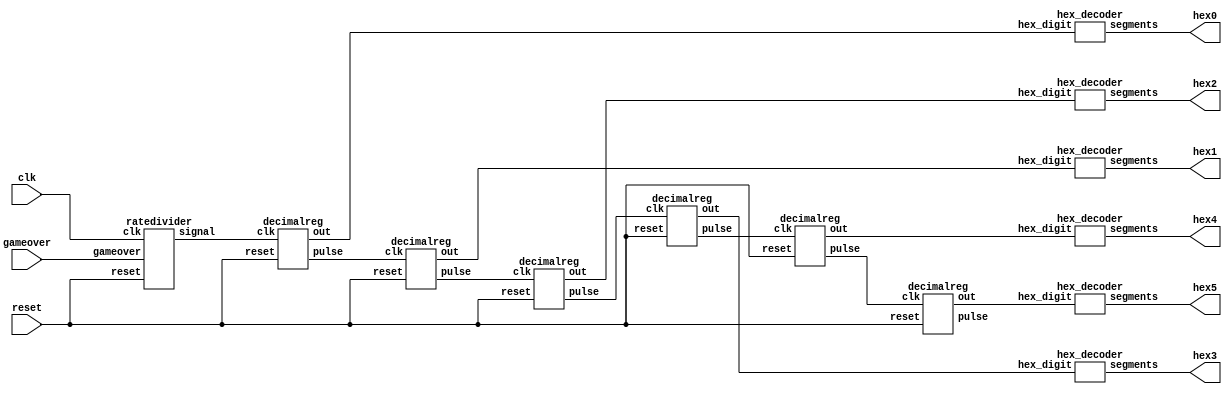
module scorecounter(clk, reset, gameover, hex0, hex1, hex2, hex3, hex4, hex5);
    input clk;
    input reset;
    input gameover;
    output [6:0] hex0, hex1, hex2, hex3, hex4, hex5;
    wire pulse;
    wire [3:0] val0, val1, val2, val3, val4, val5;
    wire c0, c1, c2, c3, c4, c5;
    ratedivider r0(
        .clk(clk),
        .reset(reset),
        .gameover(gameover),
        .signal(pulse)
    );
    
    decimalreg v0(
        .clk(pulse),
        .reset(reset),
        .out(val0),
        .pulse(c0)
    );

    decimalreg v1(
        .clk(c0),
        .reset(reset),
        .out(val1),
        .pulse(c1)
    );

    decimalreg v2(
        .clk(c1),
        .reset(reset),
        .out(val2),
        .pulse(c2)
    );

    decimalreg v3(
        .clk(c2),
        .reset(reset),
        .out(val3),
        .pulse(c3)
    );
    
    decimalreg v4(
        .clk(c3),
        .reset(reset),
        .out(val4),
        .pulse(c4)
    );

    decimalreg v5(
        .clk(c4),
        .reset(reset),
        .out(val5),
        .pulse(c5)
    );
    
    hex_decoder h0(
        .hex_digit(val0),
        .segments(hex0)
    );

    hex_decoder h1(
        .hex_digit(val1),
        .segments(hex1)
    );

    hex_decoder h2(
        .hex_digit(val2),
        .segments(hex2)
    );

    hex_decoder h3(
        .hex_digit(val3),
        .segments(hex3)
    );

    hex_decoder h4(
        .hex_digit(val4),
        .segments(hex4)
    );

    hex_decoder h5(
        .hex_digit(val5),
        .segments(hex5)
    );
endmodule

module ratedivider(clk, reset, gameover, signal);
    input clk;
    input reset;
    input gameover;
    output reg signal;
    reg [25:0] counter;
    reg go;
    always @(posedge clk, negedge reset, posedge gameover) begin
        if (gameover) begin
            go <= 1'b0;
        end
		  else begin
							  if (reset == 1'b0) begin
									counter <= 26'b0;
									signal <= 1'b0;
									go <= 1'b1;
							  end
							  else if (go & (counter < 26'd49999999)) begin
									counter <= counter + 1;
									signal <= 1'b0;
							  end
							  else if (go & (counter == 26'd49999999)) begin
									counter <= 26'b0;
									signal <= 1'b1;
							  end
			end
    end 
endmodule

module decimalreg(clk, reset, out, pulse);
    input clk;
    input reset;
    output reg [3:0] out;
    output reg pulse;
    always @(posedge clk, negedge reset) begin
        if (reset == 1'b0) begin
            out <= 4'b0;
            pulse <= 1'b0;
        end
        else if (out < 4'd9) begin
            out <= out + 1;
            pulse <= 1'b0;
        end
        else if (out == 4'd9) begin
            out <= 4'b0;
            pulse <= 1'b1;
        end
    end
endmodule

module hex_decoder(hex_digit, segments);
    input [3:0] hex_digit;
    output reg [6:0] segments;
   
    always @(*)
        case (hex_digit)
            4'h0: segments = 7'b100_0000;
            4'h1: segments = 7'b111_1001;
            4'h2: segments = 7'b010_0100;
            4'h3: segments = 7'b011_0000;
            4'h4: segments = 7'b001_1001;
            4'h5: segments = 7'b001_0010;
            4'h6: segments = 7'b000_0010;
            4'h7: segments = 7'b111_1000;
            4'h8: segments = 7'b000_0000;
            4'h9: segments = 7'b001_1000;
            4'hA: segments = 7'b000_1000;
            4'hB: segments = 7'b000_0011;
            4'hC: segments = 7'b100_0110;
            4'hD: segments = 7'b010_0001;
            4'hE: segments = 7'b000_0110;
            4'hF: segments = 7'b000_1110;   
            default: segments = 7'h7f;
        endcase
endmodule